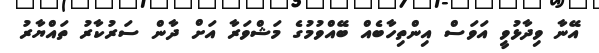
އޭނާ ވިދާޅުވީ އަވަސް އިންތިހާބެއް ބޭއްވުމުގެ މަޝްވަރާ އަށް ދާން ސަރުކާރު ތައްޔާރު